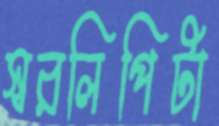
স্বরলিপিটা